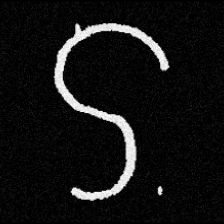
Pyu character \u2014 Myanmar letter: ဌ (romanized: ttha)